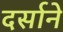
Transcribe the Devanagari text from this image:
दर्साने